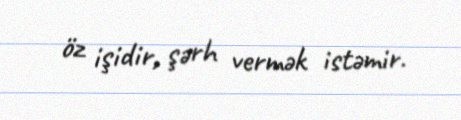
öz işidir, şərh vermək istəmir.